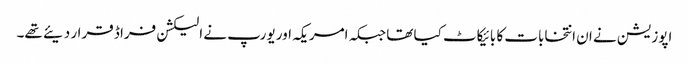
اپوزیشن نے ان انتخابات کا بائیکاٹ کیا تھا جبکہ امریکہ اور یورپ نے الیکشن فراڈ قرار دیئے تھے۔